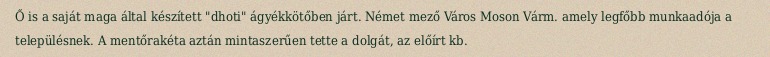
Ő is a saját maga által készített "dhoti" ágyékkötőben járt. Német mező Város Moson Várm. amely legfőbb munkaadója a településnek. A mentőrakéta aztán mintaszerűen tette a dolgát, az előírt kb.